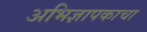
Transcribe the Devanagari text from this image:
अभिज्ञापकाचा